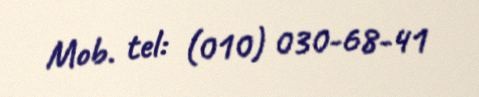
Mob. tel: (010) 030-68-41